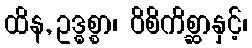
ထိန, ဥဒ္ဓစ္စာ၊ ဝိစိကိစ္ဆာနှင့်၊